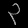
Digit: ၃